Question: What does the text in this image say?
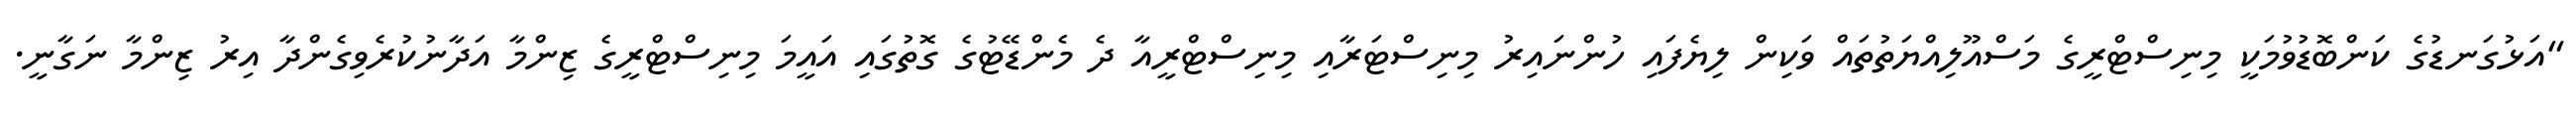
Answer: "އަޅުގަނޑުގެ ކަންބޮޑުވުމަކީ މިނިސްޓްރީގެ މަސްއޫލިއްޔަތުތައް ވަކިން ލިޔެފައި ހުންނައިރު މިނިސްޓަރާއި މިނިސްޓްރީއާ ދެ މެންޑޭޓުގެ ގޮތުގައި އައީމަ މިނިސްޓްރީގެ ޒިންމާ އަދާނުކުރެވިގެންދާ އިރު ޒިންމާ ނަގާނީ.